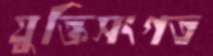
যুক্তিসংগত